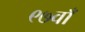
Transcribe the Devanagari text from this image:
९७वाँ